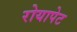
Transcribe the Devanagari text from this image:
रोयापेट